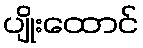
ပျိုးထောင်